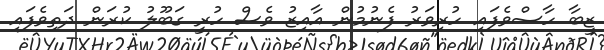
ޒީބާ ހާސްވެފައި ހުރިވަރު ފެނުމުން އާއިޒު ވެސް ހުރީ ގަބޫލު ކުރަން ދަތިވެފައި